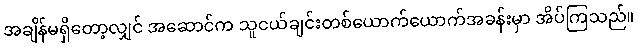
အချိန်မရှိတော့လျှင် အဆောင်က သူငယ်ချင်းတစ်ယောက်ယောက်အခန်းမှာ အိပ်ကြသည်။